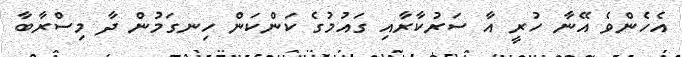
އެހެންވެ އޭނާ ހުރީ އާ ސަރުކާރާއި ގައުމުގެ ކަންކަން ހިނގަމުން ދާ މިސްރާބާ